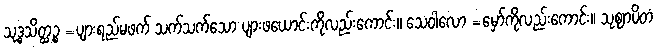
သုဒ္ဓသိတ္ထဉ္စ =ပျားရည်မဖက် သက်သက်သော ပျားဖယောင်းကိုလည်းကောင်း။ သေဝါလော =မှော်ကိုလည်းကောင်း။ သုဈာပိတံ